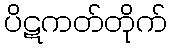
ပိဋကတ်တိုက်